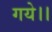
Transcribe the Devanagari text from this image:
गये।।